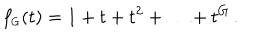
f _ { \scriptscriptstyle G } ( t ) = 1 + t + t ^ { 2 } + \ldots + t ^ { G } \, .